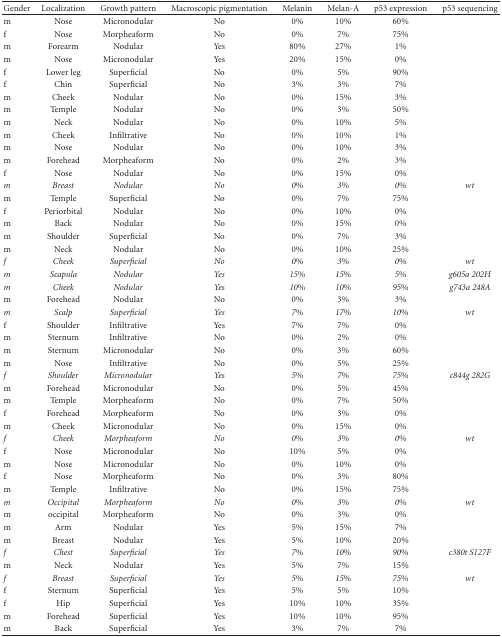
<table><thead><tr><td><b>Gender</b></td><td><b>Localization</b></td><td><b>Growth pattern</b></td><td><b>Macroscopic pigmentation</b></td><td><b>Melanin</b></td><td><b>Melan-A</b></td><td><b>p53 expression</b></td><td><b>p53 sequencing</b></td></tr></thead><tbody><tr><td>m</td><td>Nose</td><td>Micronodular</td><td>No</td><td>0%</td><td>10%</td><td>60%</td><td></td></tr><tr><td>f</td><td>Nose</td><td>Morpheaform</td><td>No</td><td>0%</td><td>7%</td><td>75%</td><td></td></tr><tr><td>m</td><td>Forearm</td><td>Nodular</td><td>Yes</td><td>80%</td><td>27%</td><td>1%</td><td></td></tr><tr><td>m</td><td>Nose</td><td>Micronodular</td><td>Yes</td><td>20%</td><td>15%</td><td>0%</td><td></td></tr><tr><td>f</td><td>Lower leg</td><td>Superficial</td><td>No</td><td>0%</td><td>5%</td><td>90%</td><td></td></tr><tr><td>f</td><td>Chin</td><td>Superficial</td><td>No</td><td>3%</td><td>3%</td><td>7%</td><td></td></tr><tr><td>m</td><td>Cheek</td><td>Nodular</td><td>No</td><td>0%</td><td>15%</td><td>3%</td><td></td></tr><tr><td>m</td><td>Temple</td><td>Nodular</td><td>No</td><td>0%</td><td>3%</td><td>50%</td><td></td></tr><tr><td>m</td><td>Neck</td><td>Nodular</td><td>No</td><td>0%</td><td>10%</td><td>5%</td><td></td></tr><tr><td>m</td><td>Cheek</td><td>Infiltrative</td><td>No</td><td>0%</td><td>10%</td><td>1%</td><td></td></tr><tr><td>m</td><td>Nose</td><td>Nodular</td><td>No</td><td>0%</td><td>10%</td><td>3%</td><td></td></tr><tr><td>m</td><td>Forehead</td><td>Morpheaform</td><td>No</td><td>0%</td><td>2%</td><td>3%</td><td></td></tr><tr><td>f</td><td>Nose</td><td>Nodular</td><td>No</td><td>0%</td><td>15%</td><td>0%</td><td></td></tr><tr><td><i>m</i></td><td><i>Breast</i></td><td><i>Nodular</i></td><td><i>No</i></td><td><i>0%</i></td><td><i>3%</i></td><td><i>0%</i></td><td><i>wt</i></td></tr><tr><td>m</td><td>Temple</td><td>Superficial</td><td>No</td><td>0%</td><td>7%</td><td>75%</td><td></td></tr><tr><td>f</td><td>Periorbital</td><td>Nodular</td><td>No</td><td>0%</td><td>10%</td><td>0%</td><td></td></tr><tr><td>m</td><td>Back</td><td>Nodular</td><td>No</td><td>0%</td><td>15%</td><td>0%</td><td></td></tr><tr><td>m</td><td>Shoulder</td><td>Superficial</td><td>No</td><td>0%</td><td>7%</td><td>3%</td><td></td></tr><tr><td>m</td><td>Neck</td><td>Nodular</td><td>No</td><td>0%</td><td>10%</td><td>25%</td><td></td></tr><tr><td><i>f</i></td><td><i>Cheek</i></td><td><i>Superficial</i></td><td><i>No</i></td><td><i>0%</i></td><td><i>3%</i></td><td><i>0%</i></td><td><i>wt</i></td></tr><tr><td><i>m</i></td><td><i>Scapula</i></td><td><i>Nodular</i></td><td><i>Yes</i></td><td><i>15%</i></td><td><i>15%</i></td><td><i>5%</i></td><td><i>g605a 202H</i></td></tr><tr><td><i>m</i></td><td><i>Cheek</i></td><td><i>Nodular</i></td><td><i>Yes</i></td><td><i>10%</i></td><td><i>10%</i></td><td><i>95%</i></td><td><i>g743a 248A</i></td></tr><tr><td>m</td><td>Forehead</td><td>Nodular</td><td>No</td><td>0%</td><td>3%</td><td>3%</td><td></td></tr><tr><td><i>m</i></td><td><i>Scalp</i></td><td><i>Superficial</i></td><td><i>Yes</i></td><td><i>7%</i></td><td><i>17%</i></td><td><i>10%</i></td><td><i>wt</i></td></tr><tr><td>f</td><td>Shoulder</td><td>Infiltrative</td><td>Yes</td><td>7%</td><td>7%</td><td>0%</td><td></td></tr><tr><td>m</td><td>Sternum</td><td>Infiltrative</td><td>No</td><td>0%</td><td>2%</td><td>0%</td><td></td></tr><tr><td>m</td><td>Sternum</td><td>Micronodular</td><td>No</td><td>0%</td><td>3%</td><td>60%</td><td></td></tr><tr><td>m</td><td>Nose</td><td>Infiltrative</td><td>No</td><td>0%</td><td>5%</td><td>25%</td><td></td></tr><tr><td><i>f</i></td><td><i>Shoulder</i></td><td><i>Micronodular</i></td><td><i>Yes</i></td><td><i>5%</i></td><td><i>7%</i></td><td><i>75%</i></td><td><i>c844g 282G</i></td></tr><tr><td>m</td><td>Forehead</td><td>Micronodular</td><td>No</td><td>0%</td><td>5%</td><td>45%</td><td></td></tr><tr><td>m</td><td>Temple</td><td>Morpheaform</td><td>No</td><td>0%</td><td>7%</td><td>50%</td><td></td></tr><tr><td>f</td><td>Forehead</td><td>Morpheaform</td><td>No</td><td>0%</td><td>3%</td><td>0%</td><td></td></tr><tr><td>m</td><td>Cheek</td><td>Micronodular</td><td>No</td><td>0%</td><td>15%</td><td>0%</td><td></td></tr><tr><td><i>f</i></td><td><i>Cheek</i></td><td><i>Morpheaform</i></td><td><i>No</i></td><td><i>0%</i></td><td><i>3%</i></td><td><i>0%</i></td><td><i>wt</i></td></tr><tr><td>f</td><td>Nose</td><td>Micronodular</td><td>No</td><td>10%</td><td>5%</td><td>0%</td><td></td></tr><tr><td>m</td><td>Nose</td><td>Micronodular</td><td>No</td><td>0%</td><td>10%</td><td>0%</td><td></td></tr><tr><td>f</td><td>Nose</td><td>Morpheaform</td><td>No</td><td>0%</td><td>3%</td><td>80%</td><td></td></tr><tr><td>m</td><td>Temple</td><td>Infiltrative</td><td>No</td><td>0%</td><td>15%</td><td>75%</td><td></td></tr><tr><td><i>m</i></td><td><i>Occipital</i></td><td><i>Morpheaform</i></td><td><i>No</i></td><td><i>0%</i></td><td><i>3%</i></td><td><i>0%</i></td><td><i>wt</i></td></tr><tr><td>m</td><td>occipital</td><td>Morpheaform</td><td>No</td><td>0%</td><td>3%</td><td>0%</td><td></td></tr><tr><td>m</td><td>Arm</td><td>Nodular</td><td>Yes</td><td>5%</td><td>15%</td><td>7%</td><td></td></tr><tr><td>m</td><td>Breast</td><td>Nodular</td><td>Yes</td><td>5%</td><td>10%</td><td>20%</td><td></td></tr><tr><td><i>f</i></td><td><i>Chest</i></td><td><i>Superficial</i></td><td><i>Yes</i></td><td><i>7%</i></td><td><i>10%</i></td><td><i>90%</i></td><td><i>c380t S127F</i></td></tr><tr><td>m</td><td>Neck</td><td>Nodular</td><td>Yes</td><td>5%</td><td>7%</td><td>15%</td><td></td></tr><tr><td><i>f</i></td><td><i>Breast</i></td><td><i>Superficial</i></td><td><i>Yes</i></td><td><i>5%</i></td><td><i>15%</i></td><td><i>75%</i></td><td><i>wt</i></td></tr><tr><td>f</td><td>Sternum</td><td>Superficial</td><td>Yes</td><td>5%</td><td>5%</td><td>10%</td><td></td></tr><tr><td>f</td><td>Hip</td><td>Superficial</td><td>Yes</td><td>10%</td><td>10%</td><td>35%</td><td></td></tr><tr><td>m</td><td>Forehead</td><td>Superficial</td><td>Yes</td><td>10%</td><td>10%</td><td>95%</td><td></td></tr><tr><td>m</td><td>Back</td><td>Superficial</td><td>Yes</td><td>3%</td><td>7%</td><td>7%</td><td></td></tr></tbody></table>